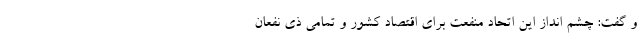
و گفت: چشم انداز اين اتحاد منفعت براي اقتصاد كشور و تمامي ذي نفعان